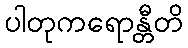
ပါတုကရောန္တီတိ